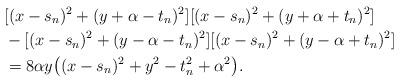
LaTeX: \begin{align*}& [(x-s_n)^2+(y+\alpha-t_n)^2][(x-s_n)^2+(y+\alpha+t_n)^2] \\& - [(x-s_n)^2+(y-\alpha-t_n)^2][(x-s_n)^2+(y-\alpha+t_n)^2] \\& = 8\alpha y\big((x-s_n)^2+y^2-t_n^2+\alpha^2\big).\end{align*}